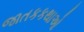
જાતકકથાઓ